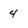
Character: 4